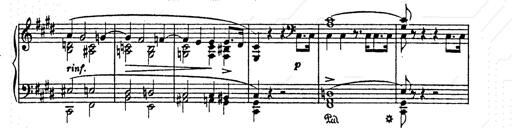
Title: AnnÃ©es de pÃ¨lerinage II
Composer: Franz Liszt